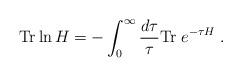
LaTeX: \begin{align*}{\rm Tr}\ln H=-\int_0^\infty {d\tau\over\tau} {\rm Tr}\; e^{-\tau H}\; .\end{align*}